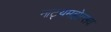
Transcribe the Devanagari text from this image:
नाट्यमहोत्सव